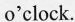
o'clock.